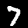
Digit: 7